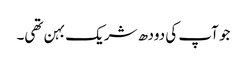
جو آپ کی دودھ شریک بہن تھی۔